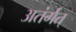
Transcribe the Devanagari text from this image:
अतंर्गत्